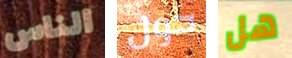
الناس حول هل